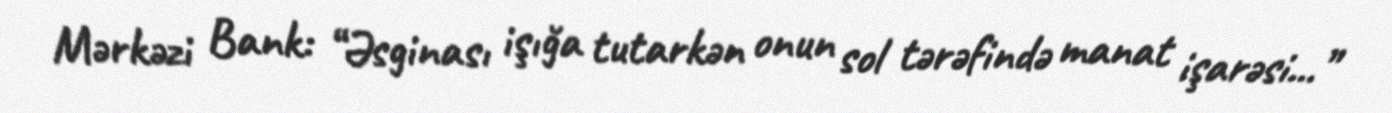
Mərkəzi Bank: “Əsginası işığa tutarkən onun sol tərəfində manat işarəsi...”